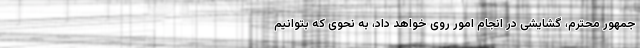
جمهور محترم، گشایشی در انجام امور روی خواهد داد، به نحوی که بتوانیم